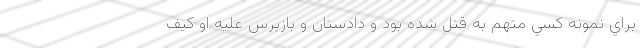
براي نمونه كسي متهم به قتل شده بود و دادستان و بازپرس عليه او كيف